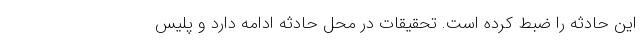
این حادثه را ضبط کرده است. تحقیقات در محل حادثه ادامه دارد و پلیس